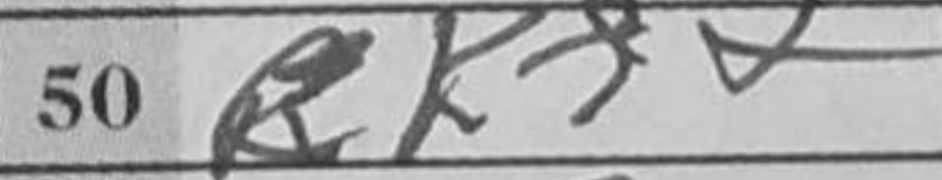
Transcription: Kf2